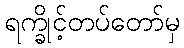
ရက္ခိုင့်တပ်တော်မှ